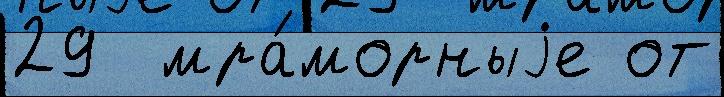
29  мра́морныjе от